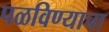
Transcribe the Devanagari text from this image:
पळविण्याचा